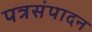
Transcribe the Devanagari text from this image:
पत्रसंपादन